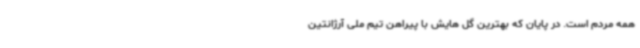
همه مردم است. در پایان که بهترین گل هایش با پیراهن تیم ملی آرژانتین